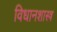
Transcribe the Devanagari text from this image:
विधानशास्त्र